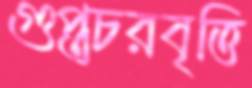
গুপ্তচরবৃত্তি